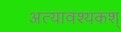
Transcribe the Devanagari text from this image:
अत्यावश्यकश्